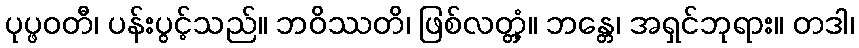
ပုပ္ဖဝတီ၊ ပန်းပွင့်သည်။ ဘဝိဿတိ၊ ဖြစ်လတ္တံ့။ ဘန္တေ၊ အရှင်ဘုရား။ တဒါ၊